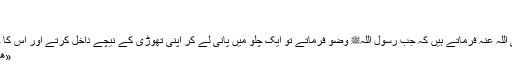
‘‘
[المائدۃ: 6]
داڑھی کا خلال:
سیدنا انس بن مالک رضی اللہ عنہ فرماتے ہیں کہ جب رسول اللہﷺ وضو فرماتے تو ایک چلو میں پانی لے کر اپنی تھوڑی کے نیچے داخل کرتے اور اس کا خلال کرتے اور فرماتے:
«هَكَذَا أَمَرَنِي رَبِّي عَزَّ وَجَلَّ»
’’مجھے میرے رب عزوجل نے اسی طرح حکم دیا ہے۔